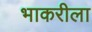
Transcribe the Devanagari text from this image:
भाकरीला